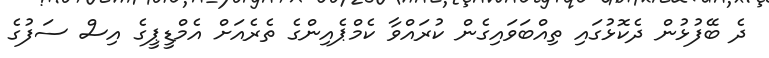
ދެ ބޭފުޅުން ދެކޮޅުގައި ތިއްބަވައިގެން ކުރައްވާ ކެމްޕެއިންގެ ތެރެއަށް އެމްޑީޕީގެ އިސް ސަފުގެ